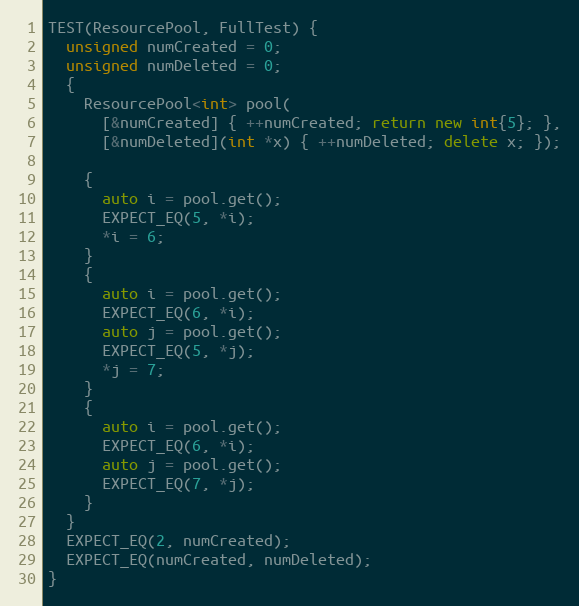
Language: C++
TEST(ResourcePool, FullTest) {
  unsigned numCreated = 0;
  unsigned numDeleted = 0;
  {
    ResourcePool<int> pool(
      [&numCreated] { ++numCreated; return new int{5}; },
      [&numDeleted](int *x) { ++numDeleted; delete x; });

    {
      auto i = pool.get();
      EXPECT_EQ(5, *i);
      *i = 6;
    }
    {
      auto i = pool.get();
      EXPECT_EQ(6, *i);
      auto j = pool.get();
      EXPECT_EQ(5, *j);
      *j = 7;
    }
    {
      auto i = pool.get();
      EXPECT_EQ(6, *i);
      auto j = pool.get();
      EXPECT_EQ(7, *j);
    }
  }
  EXPECT_EQ(2, numCreated);
  EXPECT_EQ(numCreated, numDeleted);
}